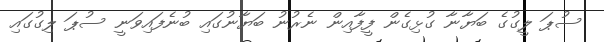
ސުޕަ ލީގުގެ ބަޔާނާ ގުޅިގެން ފީފާއިން ނެރުނު ބަޔާނުގައި ބުނެފައިވަނީ ސުޕަ ލިގުގައި